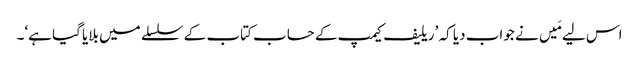
اس لیے مَیں نے جواب دیا کہ ’ریلیف کیمپ کے حساب کتاب کے سلسلے میں بلایا گیا ہے‘۔